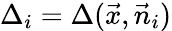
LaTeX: \Delta_{i}=\Delta(\vec{x},\vec{n}_{i})